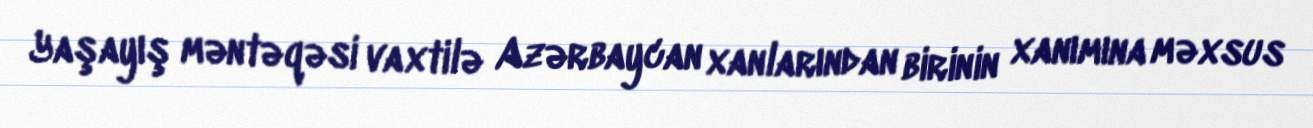
Yaşayış məntəqəsi vaxtilə Azərbaycan xanlarından birinin xanımına məxsus